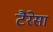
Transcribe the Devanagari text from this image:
टैरेसा